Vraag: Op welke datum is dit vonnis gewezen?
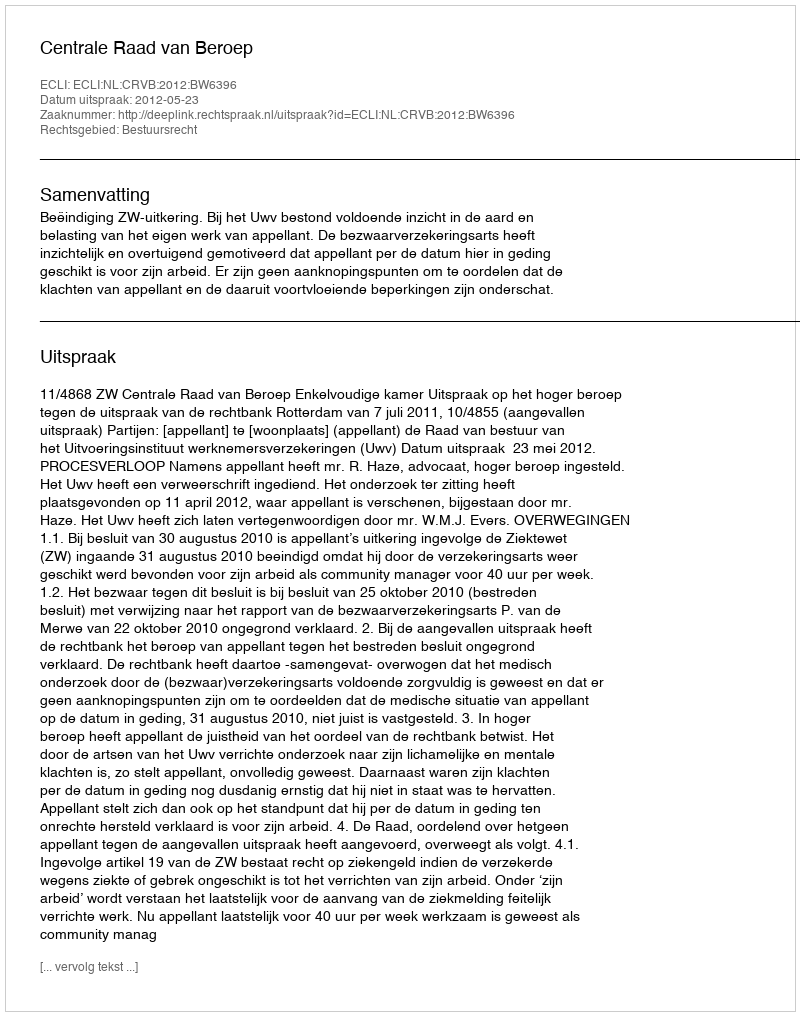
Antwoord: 2012-05-23